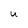
Character: U